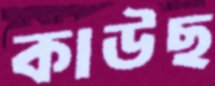
কাউছ